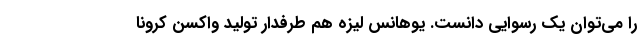
را می‌توان یک رسوایی دانست. یوهانس لیزه هم طرفدار تولید واکسن کرونا